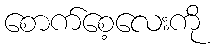
စောက်စေ့လေးကို